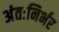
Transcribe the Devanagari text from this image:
अंतःनिर्भर